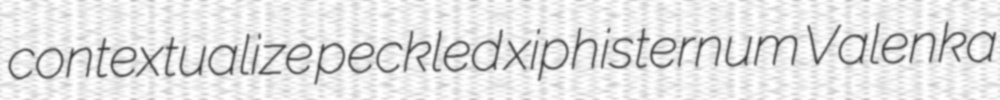
contextualize peckled xiphisternum Valenka